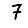
Digit: 7